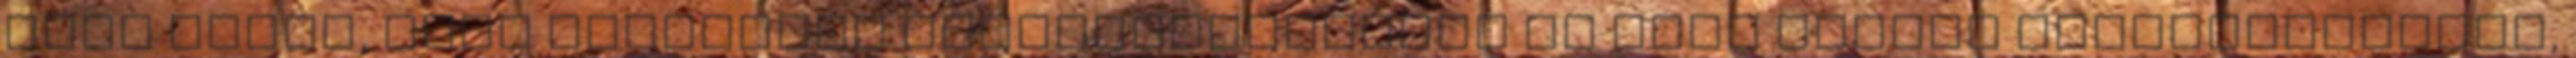
késő estig, vagy éjszakáig kiszabadíthatják az úton rekedt személyautókat,